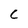
Character: c